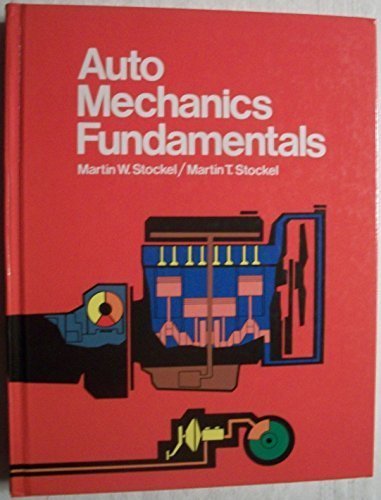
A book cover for Auto Mechanics Fundamentals: How and Why of the Design, Construction, and Operation of Automotive Units; Martin T. Stockel; Engineering & Transportation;